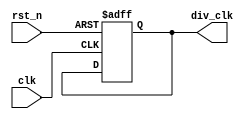
module div_odd_duty(
    input wire  clk,
    input wire  rst_n,
    output wire div_clk
);
reg [15:0] counter;

always @(posedge clk or negedge rst_n) begin
    if (~rst_n) begin
        counter <= 0;
        div_clk <= 0;
    end
    else begin
        if (counter == 56818) begin
            counter <= 0;
        end
        else begin
            counter <= counter + 1;
        end
    end
end

assign clk_div = counter[15];
endmodule